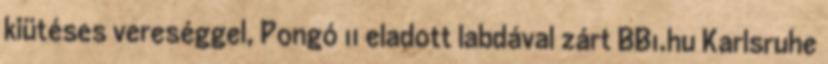
kiütéses vereséggel, Pongó 11 eladott labdával zárt BB1.hu Karlsruhe